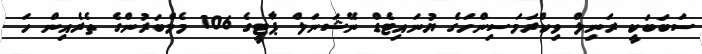
ސަބަބަކީ ރަނިލް ވިކްރަމަސިންހަގެ ޔުނައިޓެޑް ނޭޝަނަލް ޕާޓީގެ 106 މެމްބަރުންގެ ތެރެއިން ހަ